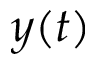
y ( t )